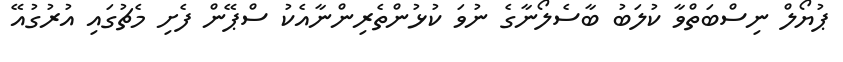
ޕުޔޯލް ނިސްބަތްވާ ކުލަބު ބާސެލޯނާގެ ނުވަ ކުޅުންތެރިންނާއެކު ސްޕޭން ފެށި މެޗުގައި އުރުގުއޭ